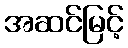
အဆင်မြင့်